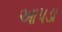
આપડા